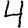
Digit: 4